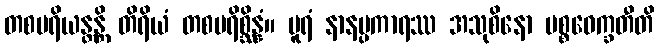
တစပရိယန္တန္တိ တိရိယံ တစပရိစ္ဆိန္နံ။ ပူရံ နာနပ္ပကာရဿ အသုစိနော ပစ္စဝေက္ခတီတိ